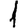
Digit: 1